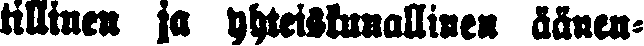
tillinen ja yhteiskunallinen äänen-